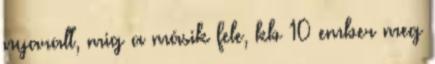
nyaralt, mig a másik fele, kb 10 ember meg